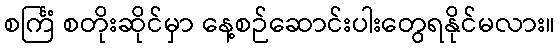
စင်္ကြံ စတိုးဆိုင်မှာ နေ့စဉ်ဆောင်းပါးတွေရနိုင်မလား။